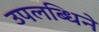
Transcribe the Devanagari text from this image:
उपलब्धिने